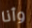
وأنا